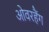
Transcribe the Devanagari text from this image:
ओवरहैंग